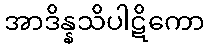
အာဒိန္နသိပါဋိကော